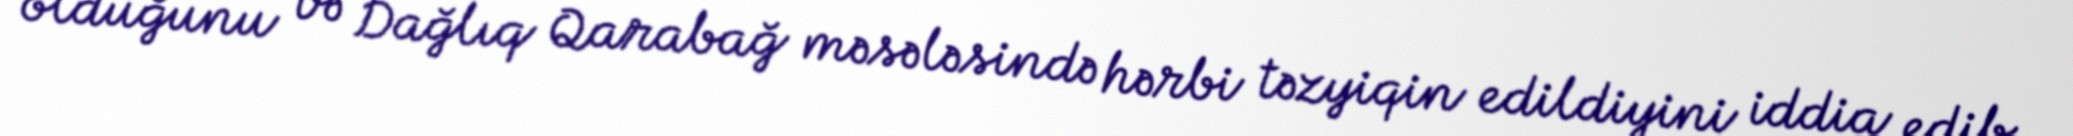
olduğunu və Dağlıq Qarabağ məsələsində hərbi təzyiqin edildiyini iddia edib.